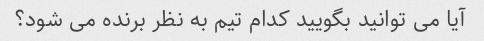
آیا می توانید بگویید کدام تیم به نظر برنده می شود؟